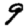
Digit: 9